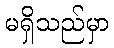
မရှိသည်မှာ